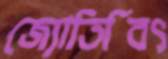
জ্যোতির্বিৎ